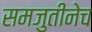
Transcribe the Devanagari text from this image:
समजुतीनेच